Voisiku_vallavalitsus, lk 54
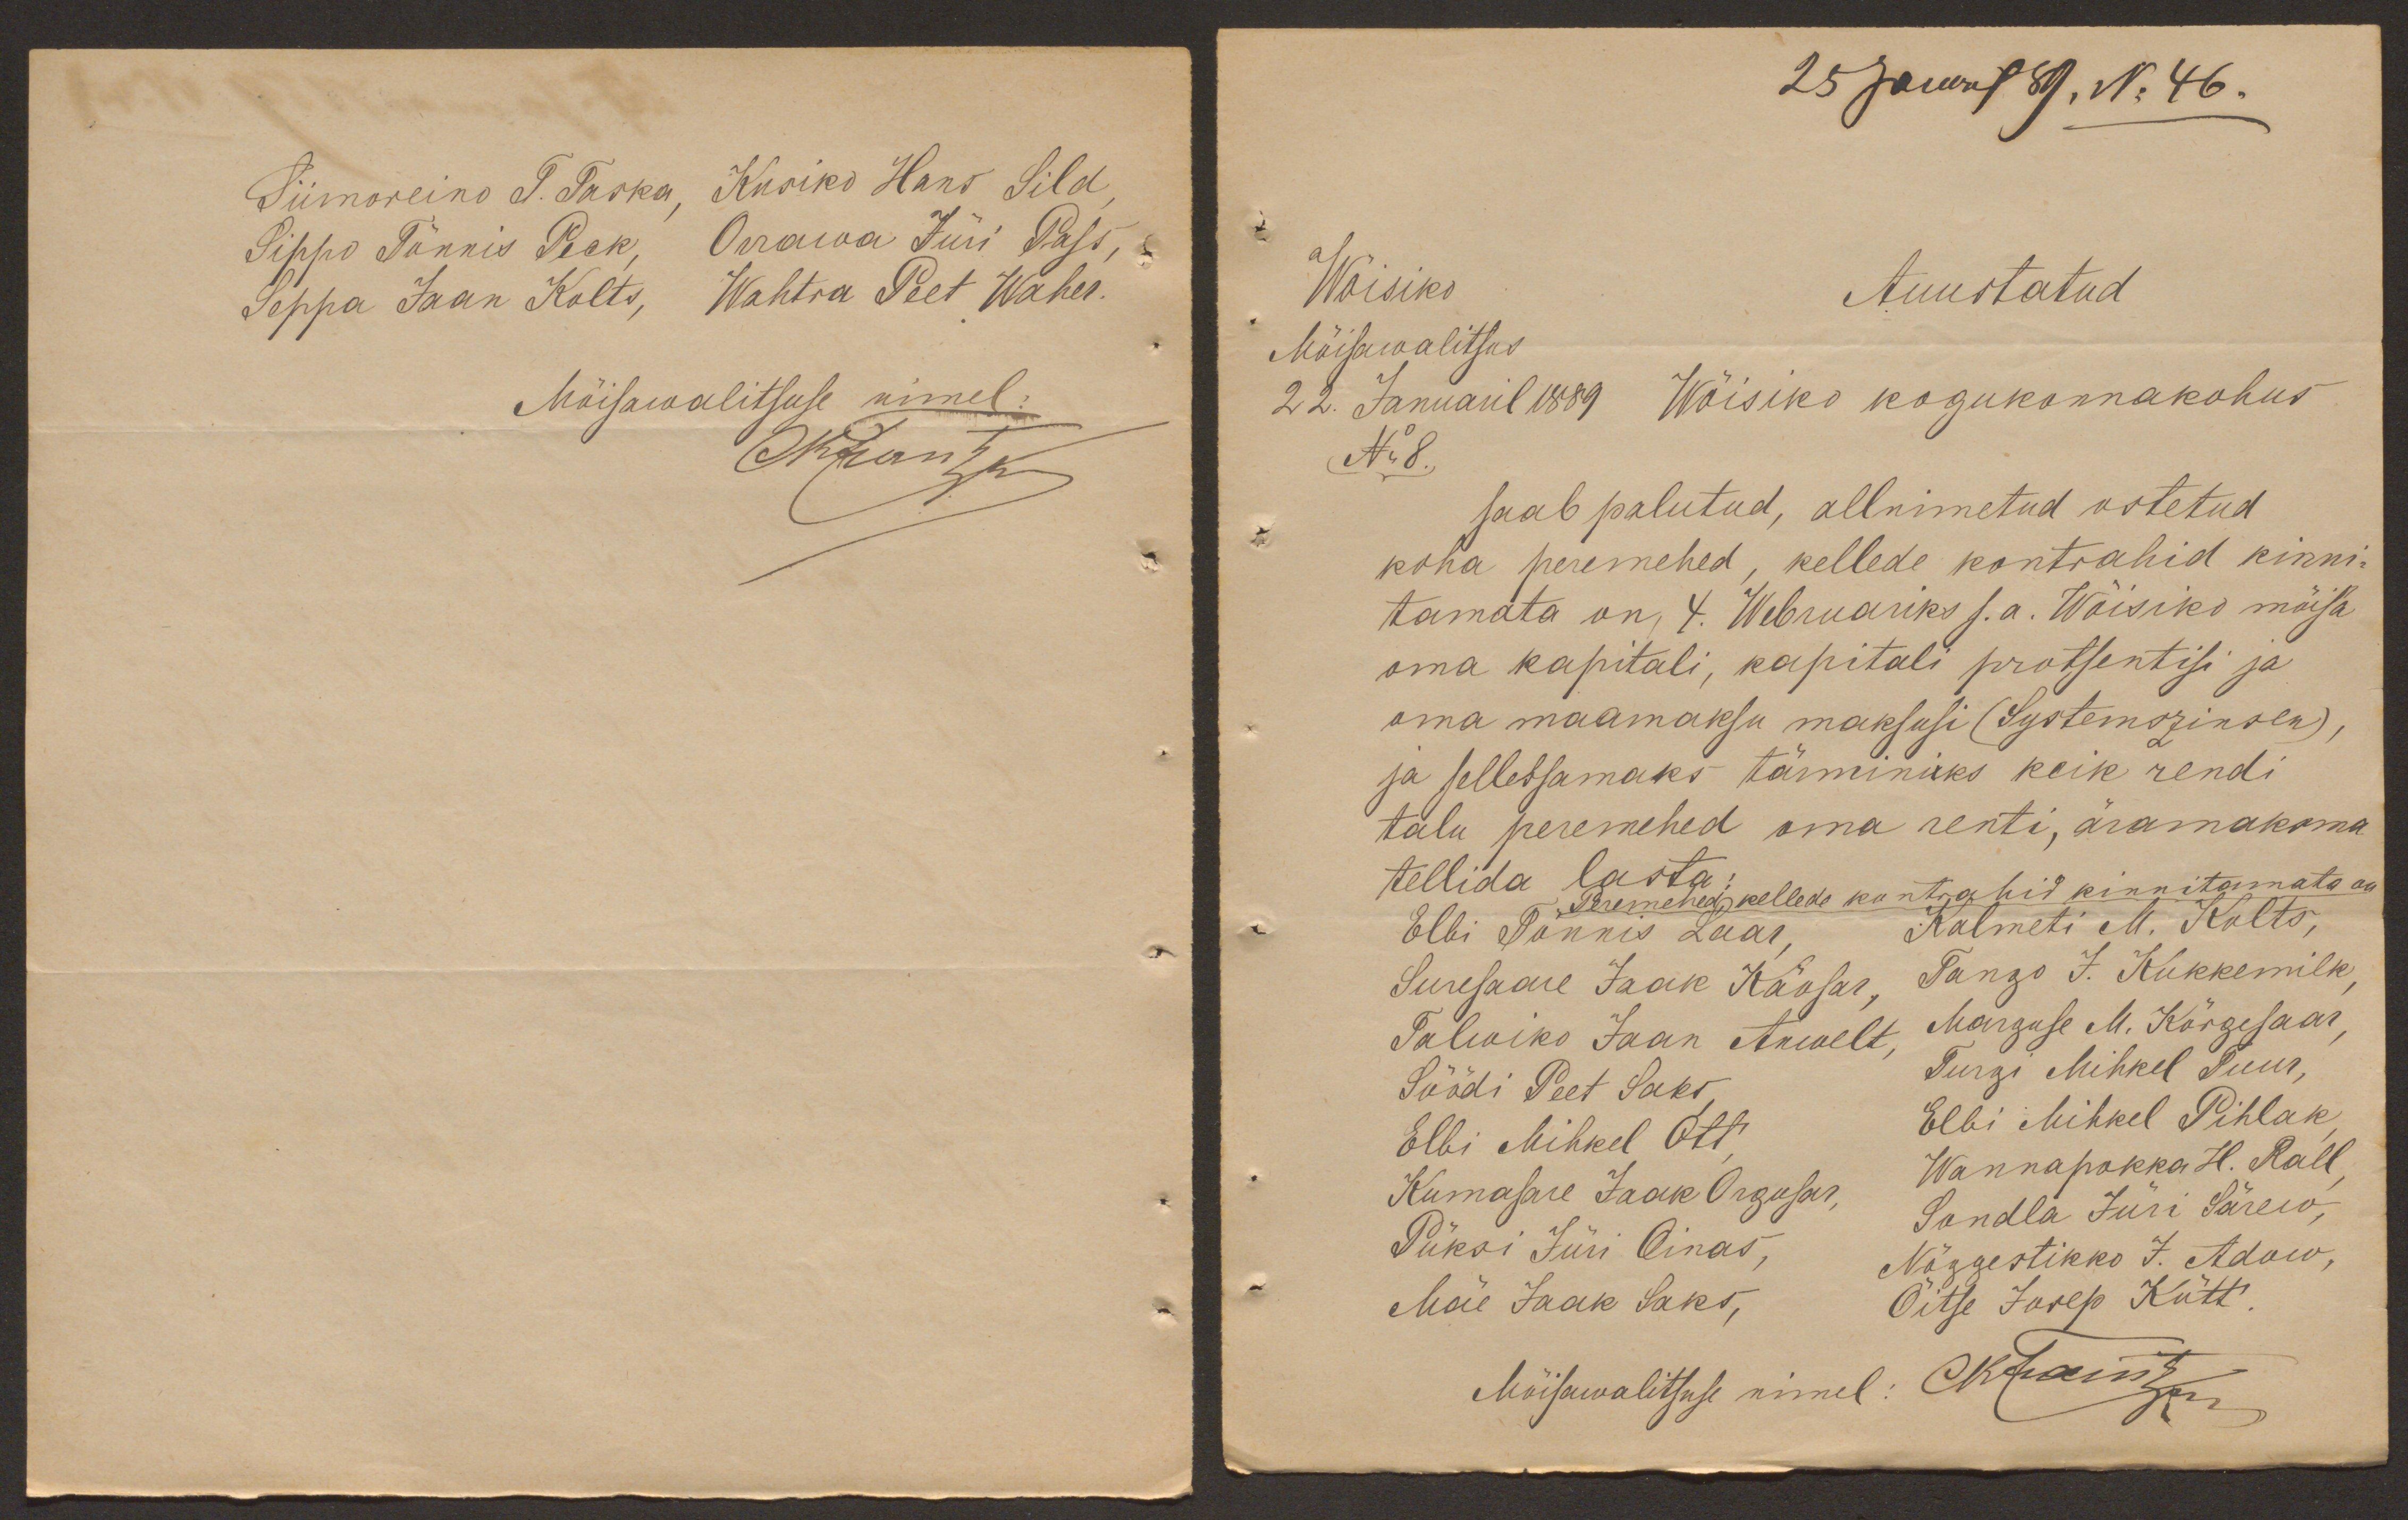
Siimoreino T. Taska, Kusiko Hans Sild
Sippo Tõnnis Peck, Orrawa Jüri Pass,
Seppa Jaan Kolts, Wahtra Peet Waher.
Mõisawalitsuse nimel:
Märantk

25 Januril 89, No 46.
Wõisiko
Auustatud
Mõisawalitsus
22. Januaril 1889
Wõisiko kogukonnakohus
No 8.
saab palutud, allnimetud ostetud
koha peremehed, kellede kontrahid kinni-
tamata on, 4. Webruariks s.a. Wõisiko mõisa
oma kapitali, kapitali protsentisi ja
oma maamaksu maksusi (Systemszinsen)
ja sellessamaks tärminiks keik rendi
talu peremehed oma renti, äramaksma
tellida lasta;
Peremehed, kellede kontrahid kinnitamata on
Elbi Tõnnis Laar,
Kalmeti M. Kolts,
Suresaare Jaak Käosar
Tango J. Kukkemilk
Talwiko Jaan Anwelt,
Marguse M. Kõrgesaar,
Söödi Peet Saks
Turgi Mihkel Tuur,
Elbi Mihkel Ott
Elbi Mihkel Pihlak
Wannapokka H. Rall
Kumasare Jaak Orgusar,
Sondla Jüri Särew,
Püksi Jüri Oinas,
Nõggestikko J. Adow,
Mäe Jaak Saks,
Öitse Josep Kütt
Mõisawalitsuse nimel: Eksamite